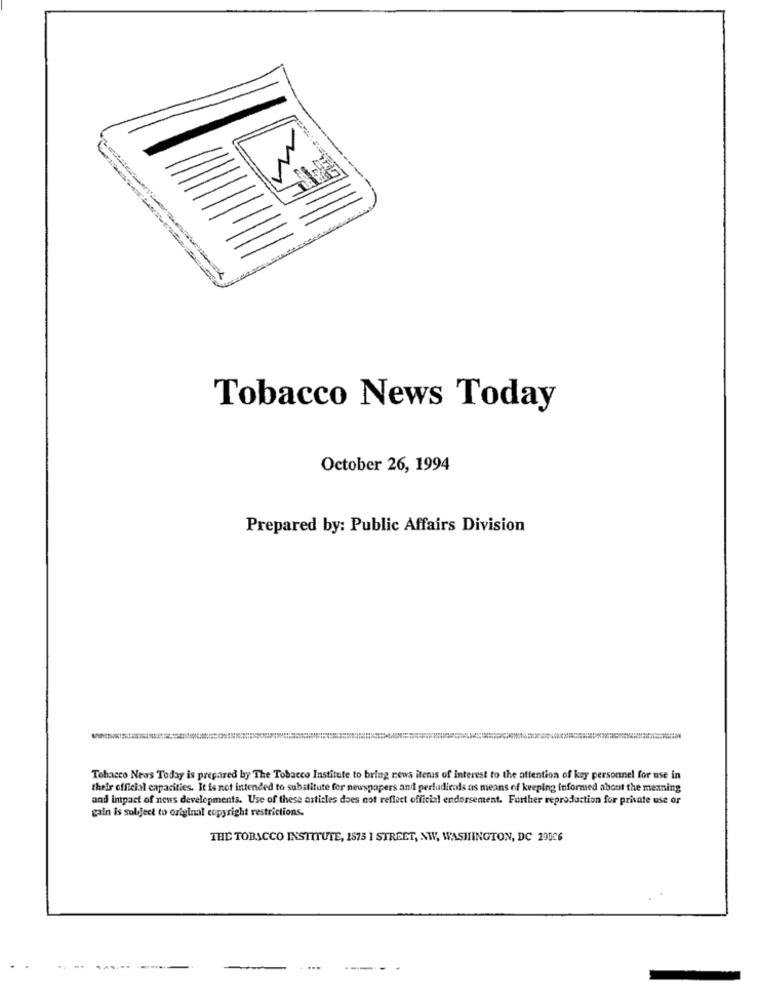
Tobacco News Today
October 26, 1994
Prepared by: Public Affairs Division
Tobacco Neas Today is prepared by The Tobacco Institute to bring news items of Interest to the attention of key personnel for use in
their official capacities. It is not intended to substitute for newspapers and perfudieals as means of keeping informed about the meaning
and impact of news developments. Use of these articles does not reflect official endorsement. Further reproduction for private use or
gain is subject to original copyright restrictions.
THE TOBACCO INSTITUTE, 1873 1 STREET, NW, WASHINGTON, DC 200C6
......
...